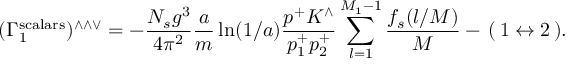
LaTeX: ( \Gamma _ { 1 } ^ { \mathrm { s c a l a r s } } ) ^ { \wedge \wedge \vee } = - \frac { N _ { s } g ^ { 3 } } { 4 \pi ^ { 2 } } \frac { a } { m } \ln ( 1 / a ) \frac { p ^ { + } K ^ { \wedge } } { p _ { 1 } ^ { + } p _ { 2 } ^ { + } } \sum _ { l = 1 } ^ { M _ { 1 } - 1 } \frac { f _ { s } ( l / M ) } { M } - \, ( \, 1 \leftrightarrow 2 \, ) .